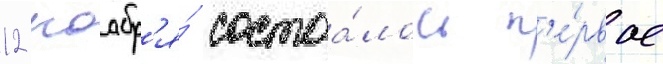
12 ноабр'я́ состоа́лось п'е́рвое